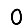
Digit: 0